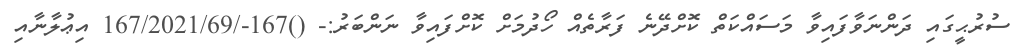
ސުރުޙީގައި ދަންނަވާފައިވާ މަސައްކަތް ކޮށްދޭނެ ފަރާތެއް ހޯދުމަށް ކޮށްފައިވާ ނަންބަރު:- ()167-/167/2021/69 އިޢުލާނާއި